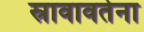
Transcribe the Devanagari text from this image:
स्रावावर्तना